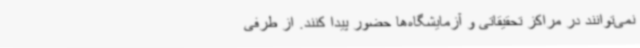
نمی‌توانند در مراکز تحقیقاتی و آزمایشگاه‌ها حضور پیدا کنند. از طرفی